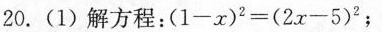
20.(1)解方程：$$( 1 - x ) ^ { 2 } = ( 2 x - 5 ) ^ { 2 }$$；